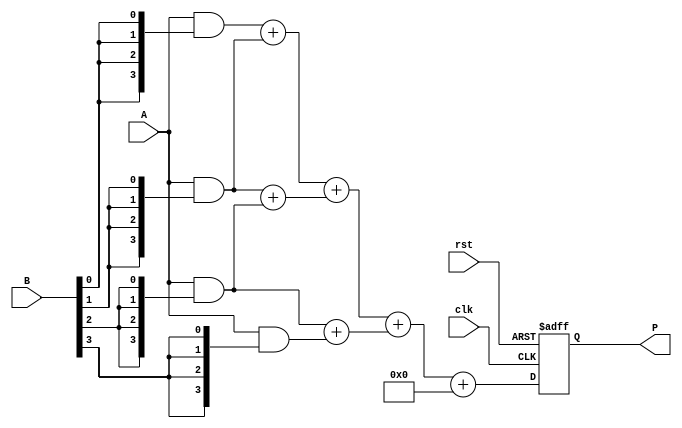
module WallaceTreeMultiplier #(
    parameter N = 4 // Size of the multiplier (n-bit)
) (
    input  wire [N-1:0] A, // Multiplicand
    input  wire [N-1:0] B, // Multiplier
    input  wire clk,       // Clock signal
    input  wire rst,       // Reset signal
    output reg [2*N-1:0] P // Product output
);

    // Internal signals
    wire [N-1:0] partial_products[N-1:0];
    wire [N:0] sum[N-1:0];
    wire [N:0] carry[N-1:0];

    // Generate partial products
    genvar i, j;
    generate
        for (i = 0; i < N; i = i + 1) begin : pp_gen
            assign partial_products[i] = A & {N{B[i]}};
        end
    endgenerate

    // Wallace Tree Reduction
    // First stage: Combine the partial products
    generate
        for (i = 0; i < N; i = i + 1) begin : reduction_stage
            if (i < N-1) begin
                assign {carry[i], sum[i]} = partial_products[i] + partial_products[i+1];
            end else begin
                assign {carry[i], sum[i]} = {1'b0, partial_products[i]};
            end
        end
    endgenerate

    // Final addition
    reg [2*N-1:0] final_sum;
    reg [N:0] final_carry;

    always @(posedge clk or posedge rst) begin
        if (rst) begin
            P <= 0;
        end else begin
            // Reduce the sums and carries until we have a final result
            final_sum = sum[0] + sum[1] + sum[2]; // Example for 4-bit, adjust for more bits
            final_carry = carry[0] + carry[1] + carry[2];

            // Final product calculation
            P <= final_sum + final_carry;
        end
    end

endmodule